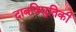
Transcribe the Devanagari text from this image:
दाबविद्युतिकी